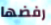
رفضها